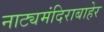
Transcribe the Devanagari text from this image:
नाट्यमंदिराबाहेर